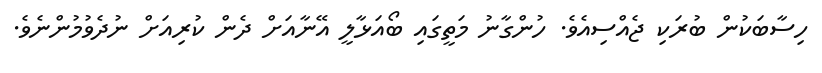
ހިސާބަކުން ބުރަކި ޖެއްސިއެވެ. ހުންގާނު މަތީގައި ބޯއަޅާލީ އޭނާއަށް ދެން ކުރިއަށް ނުދެވުމުންނެވެ.